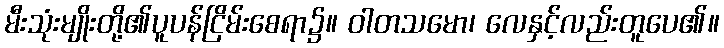
မီးသုံးမျိုးတို့၏ပူပန်ငြိမ်းစေရာ၌။ ဝါတသမော၊ လေနှင့်လည်းတူပေ၏။